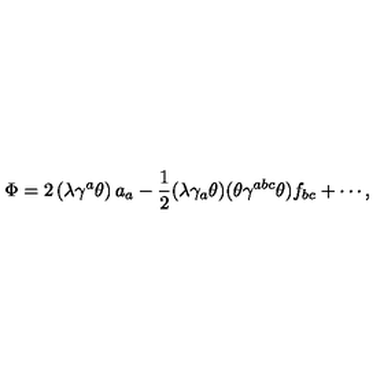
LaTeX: \Phi = 2 \left( \lambda \gamma ^ { a } \theta \right) a _ { a } - \frac { 1 } { 2 } ( \lambda \gamma _ { a } \theta ) ( \theta \gamma ^ { a b c } \theta ) f _ { b c } + \cdots ,